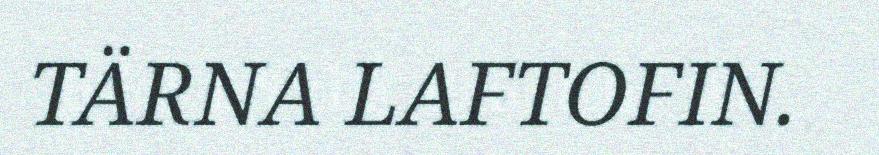
TÄRNA LAFTOFIN.